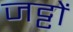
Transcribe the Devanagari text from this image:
जट्टों